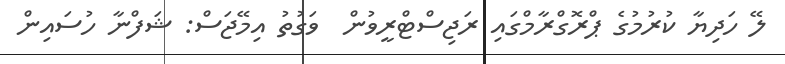
ލޭ ހަދިޔާ ކުރުމުގެ ޕްރޮގްރާމްގައި ރަޖިސްޓްރީވުން  ވަގުތު އިމޭޖަސް: ޝަފްނާ ހުސައިން